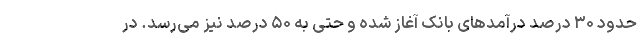
حدود ۳۰ درصد درآمدهای بانک آغاز شده و حتی به ۵۰ درصد نیز می‌رسد. در